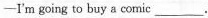
—I'm going to buy a comic___.